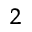
^ 2